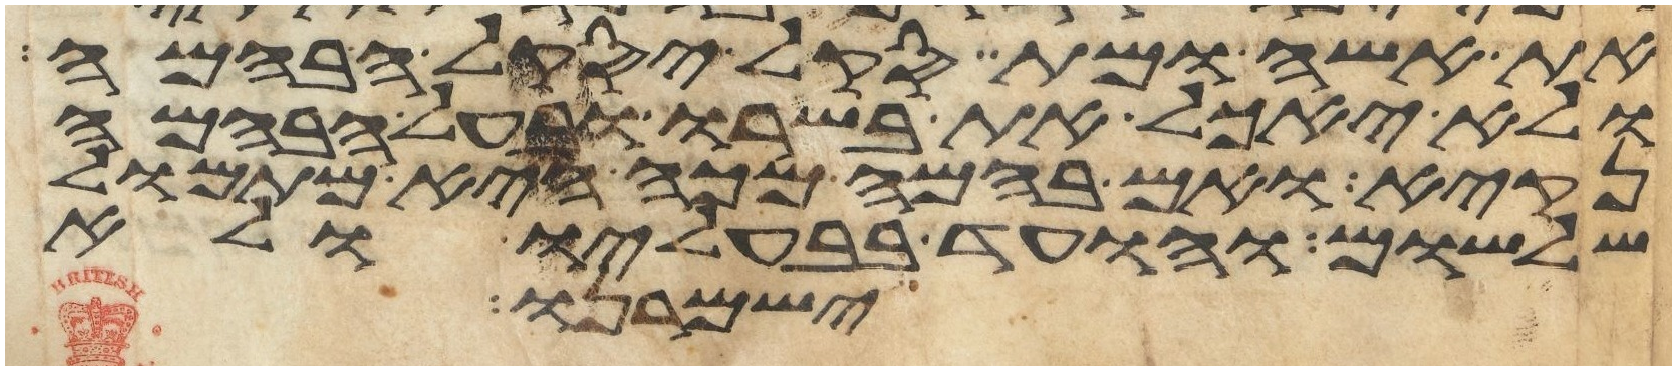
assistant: את אשה ומת סקל יסקל הבהמה
ולא יאכל את בשרו ובעל הבהמה
נקיא ואם בהמה מכה היא מתמול
שלשום והועד בבעליו ולא
ישמרנו